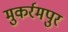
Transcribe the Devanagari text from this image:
मुकर्रमपुर